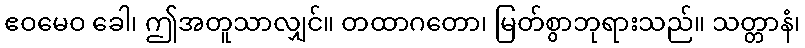
ဧဝမေဝ ခေါ၊ ဤအတူသာလျှင်။ တထာဂတော၊ မြတ်စွာဘုရားသည်။ သတ္တာနံ၊